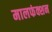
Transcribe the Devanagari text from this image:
मालफंक्शन